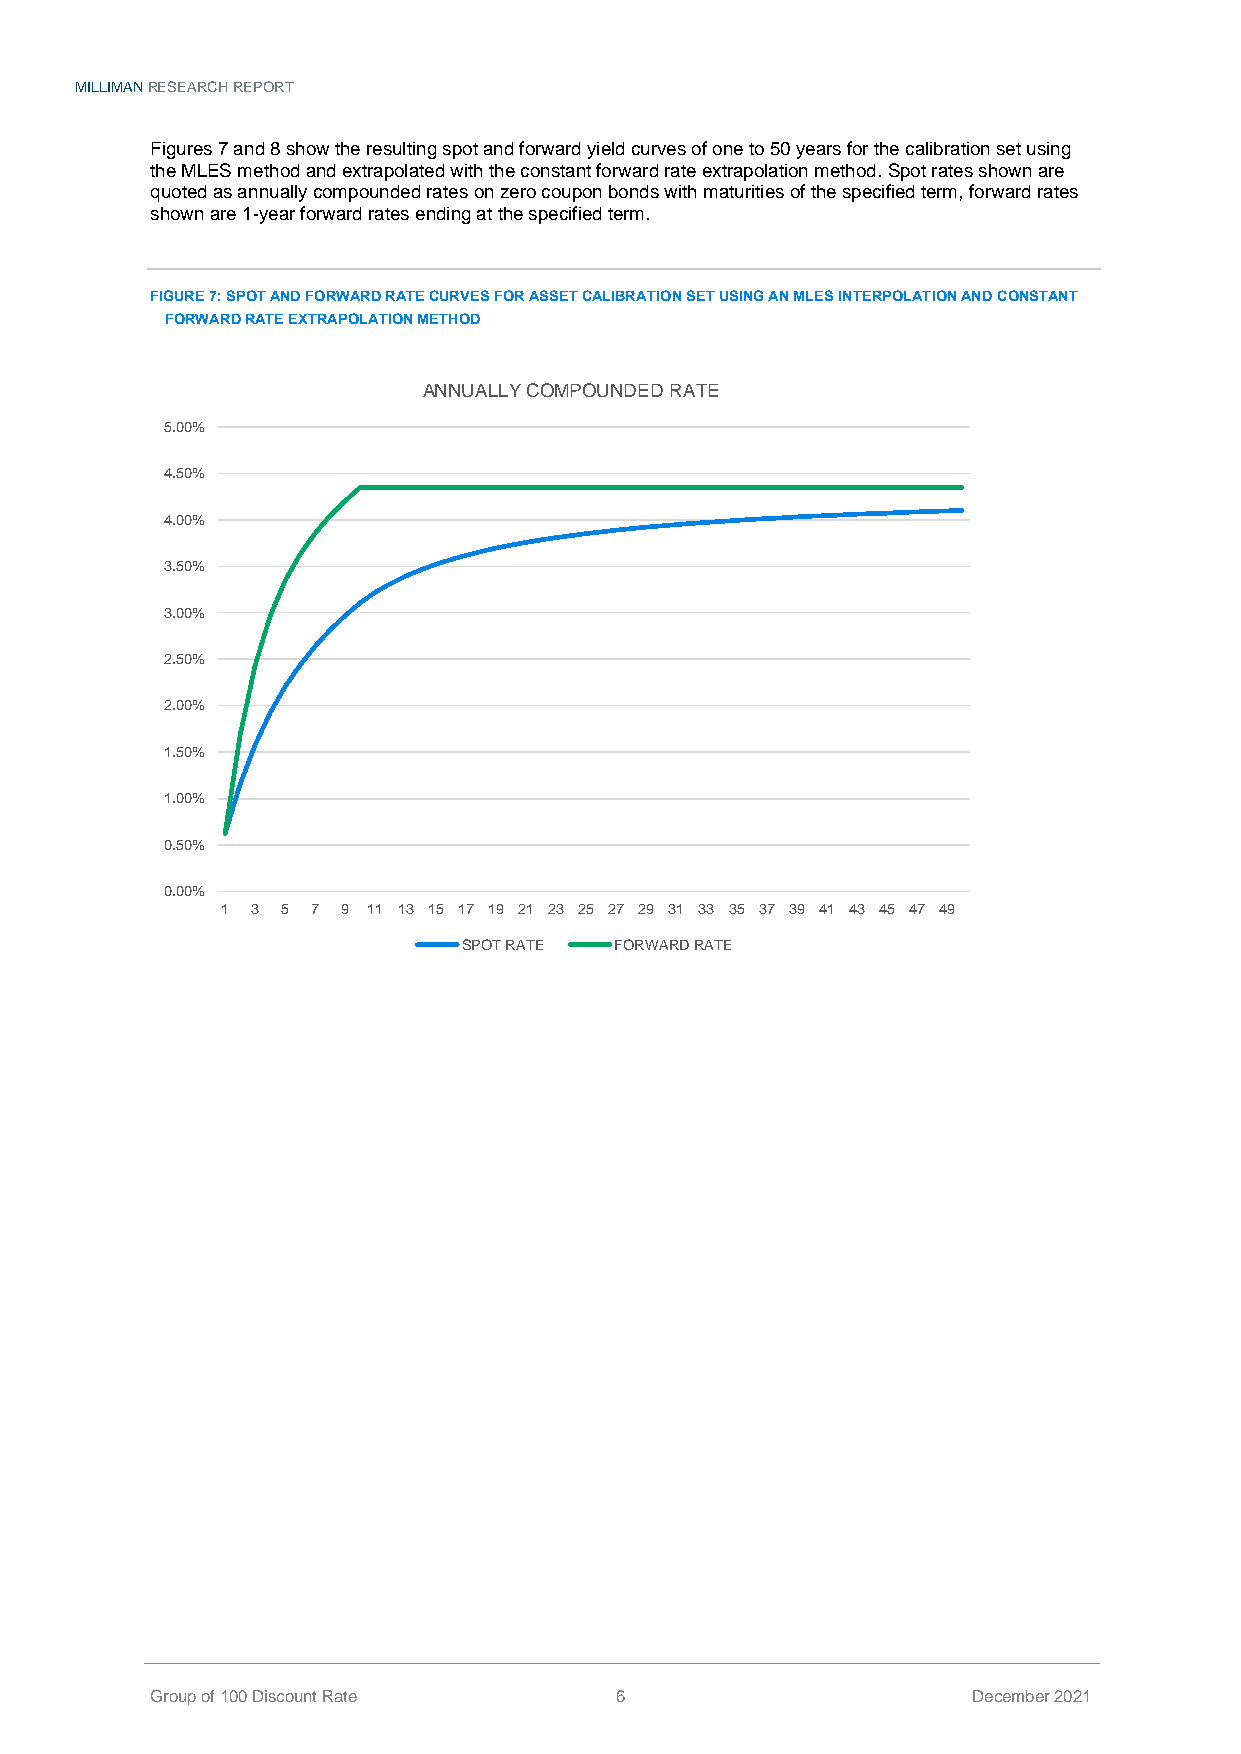
MILLIMAN RESEARCH REPORT
 Figures 7 and 8 show the resulting spot and forward yield curves of one to 50 years for the calibration set using
 the MLES method and extrapolated with the constant forward rate extrapolation method. Spot rates shown are
 quoted as annually compounded rates on zero coupon bonds with maturities of the specified term, forward rates
 shown are 1-year forward rates ending at the specified term.
 FIGURE 7: SPOT AND FORWARD RATE CURVES FOR ASSET CALIBRATION SET USING AN MLES INTERPOLATION AND CONSTANT
 FORWARD RATE EXTRAPOLATION METHOD
 ANNUALLY COMPOUNDED RATE
 5.00%
 4.50%
 4.00%
 3.50%
 3.00%
 2.50%
 2.00%
 1.50%
 1.00%
 0.50%
 0.00%
 1 3 5 7 9 11 13 15 17 19 21 23 25 27 29 31 33 35 37 39 41 43 45 47 49
 SPOT RATE FORWARD RATE
 Group of 100 Discount Rate     6                      December 2021